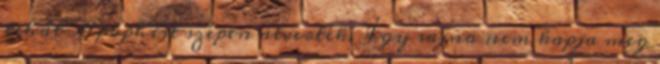
tehát Apophist szépen átverték. Így sajna nem kapja meg